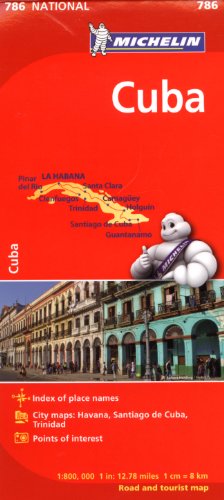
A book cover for Michelin Cuba Map 786 (Maps/Country (Michelin)); Michelin; Travel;